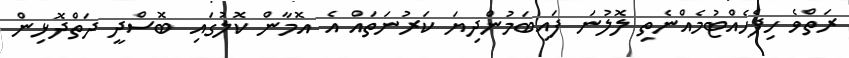
ރަތްވެ ހިފެހެއްޓުމެއްނެތި ލޮލުނަ ފައިބަމުންދިޔަ ކަރުނަތައް އެ އޮމާން ކޮލުގައި ބޮސްދީ ދަތްދޮޅިން